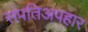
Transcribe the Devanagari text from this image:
संपतिअपहार